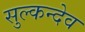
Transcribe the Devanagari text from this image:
सुल्कन्देव